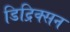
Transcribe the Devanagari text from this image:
डिद्रिक्सन